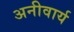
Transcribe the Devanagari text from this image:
अनीवार्य